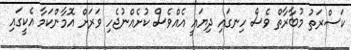
ކަސްރަތު މުބާރާތް ވެސް ހިނގައި ދިޔައީ އެއްވެސް ކުށެއްނުޖެހި ވަރަށް އޮމާންކަމާ އެކީގައި